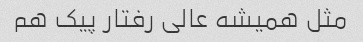
مثل همیشه عالی رفتار پیک هم